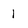
Character: I